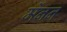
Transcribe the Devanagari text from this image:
मेंनन